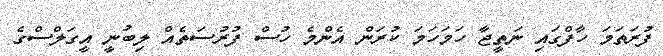
ފުރަތަމަ ހާފްގައި ނަތީޖާ ހަމަހަމަ ކުރަން އެންމެ ހުސް ފުރުސަތެއް ލިބުނީ އީގަލްސްގެ